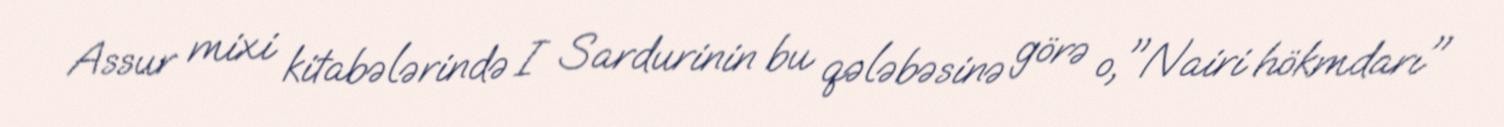
Assur mixi kitabələrində I Sardurinin bu qələbəsinə görə o,"Nairi hökmdarı"